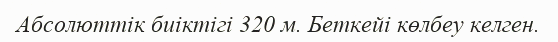
Абсолюттiк биіктігі 320 м. Беткейі көлбеу келген.